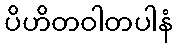
ပိဟိတဝါတပါနံ